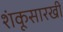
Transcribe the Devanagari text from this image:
शंकूसारखी